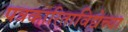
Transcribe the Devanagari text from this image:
पत्रकारिताविद्येच्या